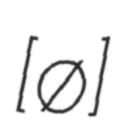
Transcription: [ɡʁø]